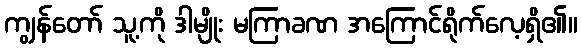
ကျွန်တော် သူ့ကို ဒါမျိုး မကြာခဏ အကြောင်ရိုက်လေ့ရှိ၏။